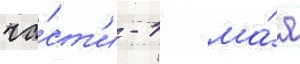
ча́ст'и - 1 ма́я